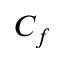
C _ { f }